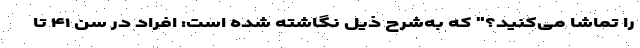
را تماشا می‌کنید؟" که به‌شرح ذیل نگاشته شده است: افراد در سن ۴۱ تا